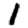
Digit: 1